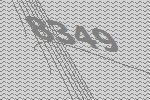
8349